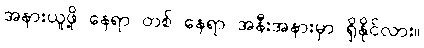
အနားယူဖို့ နေရာ တစ် နေရာ အနီးအနားမှာ ရှိနိုင်လား။